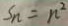
S _ { n } = n ^ { 2 }